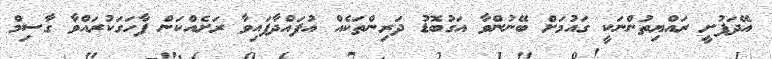
އޭދަފުށީ ރައްޔިތުންނަކީ ގައުމަށް ބޭނުންވާ އަގުބޮޑު ދަރިންތަކެއް އުފައްދާފައިވާ ރަށެއްކަން ފާހަގަކުރައްވާ ގާސިމް